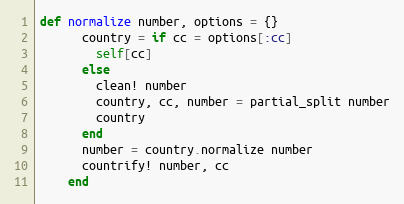
Language: Ruby
def normalize number, options = {}
      country = if cc = options[:cc]
        self[cc]
      else
        clean! number
        country, cc, number = partial_split number
        country
      end
      number = country.normalize number
      countrify! number, cc
    end